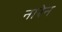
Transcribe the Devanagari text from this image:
नारेन